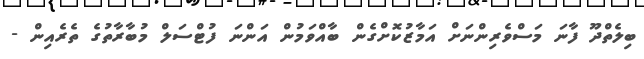
ބިލެތްދޫ ފާނަ މަސްވެރިންނަށް އަމާޒުކޮށްގެން ބާއްވަމުން އަންނަ ފުޓްސަލް މުބާރާތުގެ ތެރެއިން -